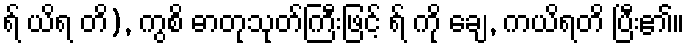
ရ် ယိရ တိ), ကွစိ ဓာတုသုတ်ကြီးဖြင့် ရ် ကို ချေ, ကယိရတိ ပြီး၏။